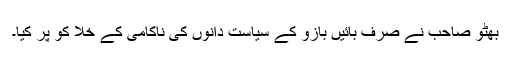
بھٹو صاحب نے صرف بائیں بازو کے سیاست دانوں کی ناکامی کے خلا کو پُر کیا۔